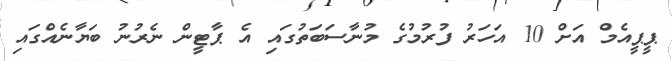
ޕީޕީއެމް އަށް 10 އަހަރު ފުރުމުގެ މުނާސަބަތުގައި އެ ޕާޓީން ނެރުނު ބަޔާނެއްގައި